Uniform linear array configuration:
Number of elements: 16
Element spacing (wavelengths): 0.5
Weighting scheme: uniform
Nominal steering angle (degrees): -15
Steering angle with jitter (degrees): -15.075
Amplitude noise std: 0.05
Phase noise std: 0.05

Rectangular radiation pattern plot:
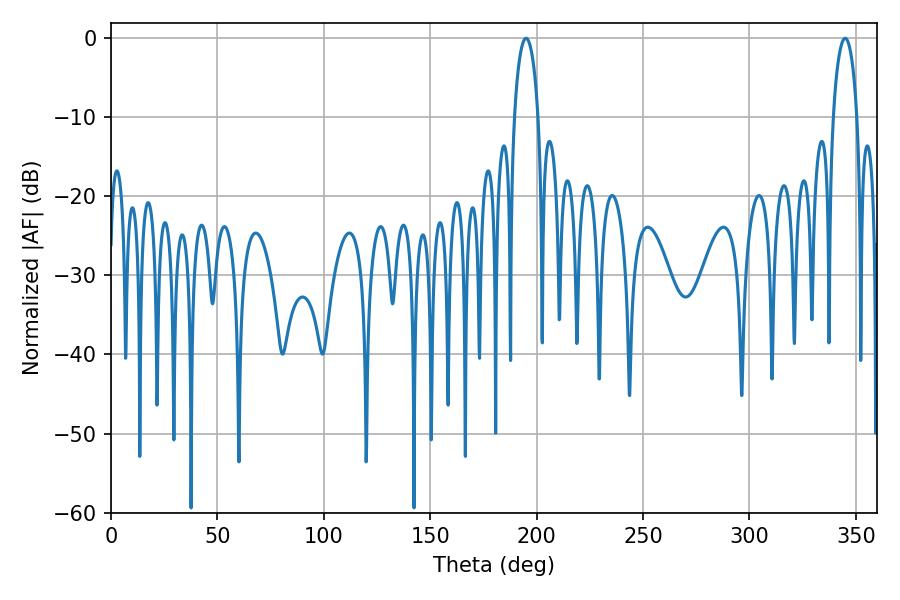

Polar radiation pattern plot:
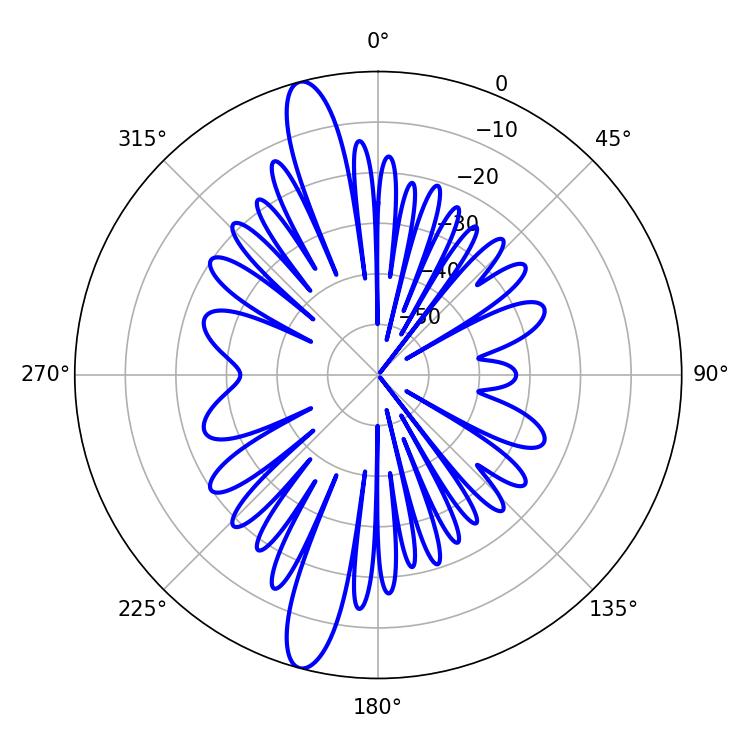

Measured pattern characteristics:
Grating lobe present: FALSE
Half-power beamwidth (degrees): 6.3
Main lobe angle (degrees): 195.12